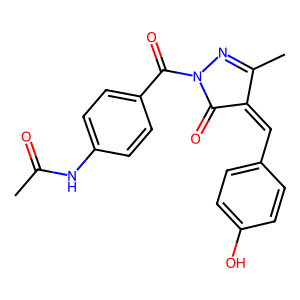
SMILES: CC(=O)Nc1ccc(C(=O)N2N=C(C)C(=Cc3ccc(O)cc3)C2=O)cc1
Inhibits HIV replication: No